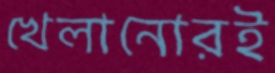
খেলানোরই